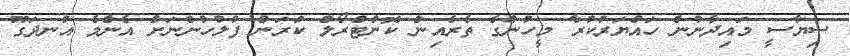
ސިޔާސީ މައިދާނުން ހައްޔަރުކުރާ މީހުންގެ ތެރެއިން ކޮންޓްރޯލް ކުރަން ފުލުހުންނަށް އެންމެ އުނދަގޫ